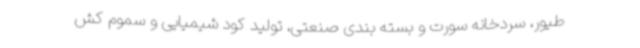
طیور، سردخانه سورت و بسته بندی صنعتی، تولید کود شیمیایی و سموم کش